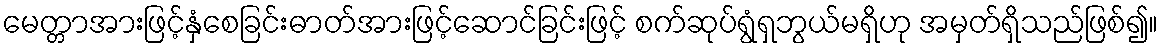
မေတ္တာအားဖြင့်နှံစေခြင်းဓာတ်အားဖြင့်ဆောင်ခြင်းဖြင့် စက်ဆုပ်ရွံရှဘွယ်မရှိဟု အမှတ်ရှိသည်ဖြစ်၍။